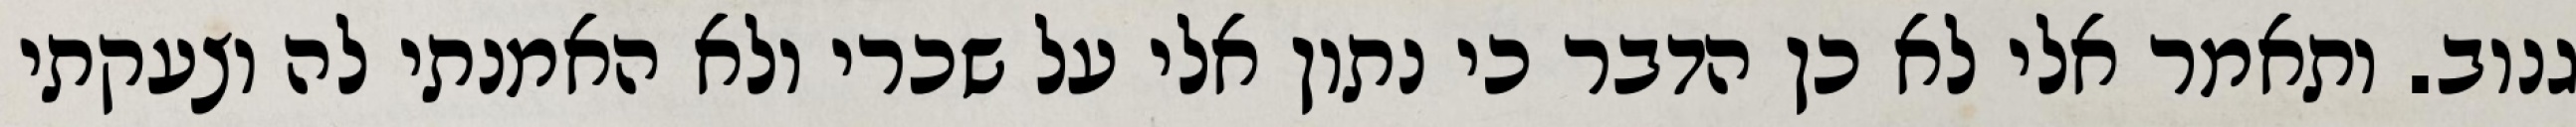
גנוב. ותאמר אלי לא כן הדבר כי נתון אלי על שכרי ולא האמנתי לה וצעקתי